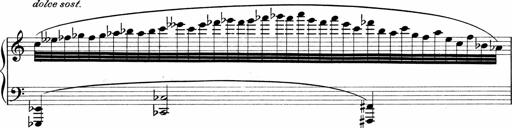
Title: Sonatina No.1
Composer: Otto Stoll
Key: C major